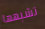
تشبهها